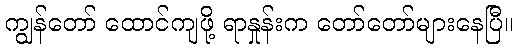
ကျွန်တော် ထောင်ကျဖို့ ရာနှုန်းက တော်တော်များနေပြီ။